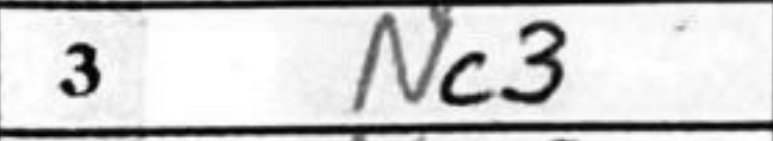
Transcription: Nc